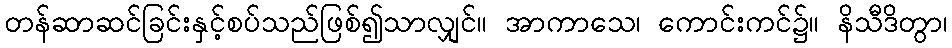
တန်ဆာဆင်ခြင်းနှင့်စပ်သည်ဖြစ်၍သာလျှင်။ အာကာသေ၊ ကောင်းကင်၌။ နိသီဒိတွာ၊